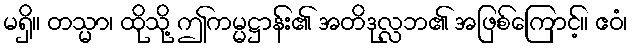
မရှိ။ တသ္မာ၊ ထိုသို့ ဤကမ္မဋ္ဌာန်း၏ အတိဒုလ္လဘ၏ အဖြစ်ကြောင့်။ ဧဝံ၊